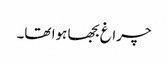
چراغ بجھا ہوا تھا۔